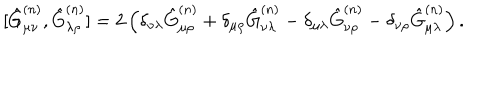
LaTeX: [ \hat { G } _ { \mu \nu } ^ { ( n ) } , \hat { G } _ { \lambda \rho } ^ { ( n ) } ] = 2 \left( \delta _ { \nu \lambda } \hat { G } _ { \mu \rho } ^ { ( n ) } + \delta _ { \mu \rho } \hat { G } _ { \nu \lambda } ^ { ( n ) } - \delta _ { \mu \lambda } \hat { G } _ { \nu \rho } ^ { ( n ) } - \delta _ { \nu \rho } \hat { G } _ { \mu \lambda } ^ { ( n ) } \right) .